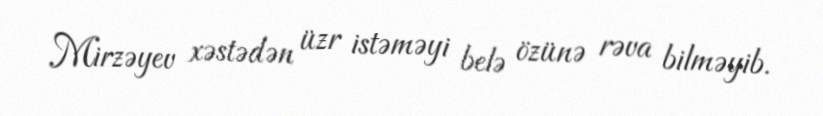
Mirzəyev xəstədən üzr istəməyi belə özünə rəva bilməyib.